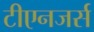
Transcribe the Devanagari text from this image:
टीएनजर्स